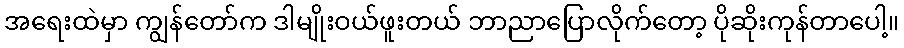
အရေးထဲမှာ ကျွန်တော်က ဒါမျိုးဝယ်ဖူးတယ် ဘာညာပြောလိုက်တော့ ပိုဆိုးကုန်တာပေါ့။